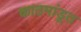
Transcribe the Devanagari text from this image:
काठमांडूत